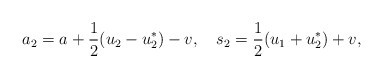
\begin{align*}a_2=a+\frac{1}{2}(u_2-u_2^*)-v,\quad s_2=\frac{1}{2}(u_1+u_2^*)+v,\end{align*}